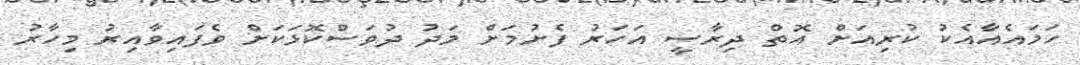
ހަމައެއާއެކު ކުރިއަށް އޮތް ދިރާސީ އަހަރު ފެށުމަށް މަދު ދުވަސްކޮޅަކަށް ވެފައިވާއިރު މިހާރު